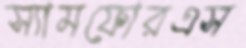
স্যামফোরএস